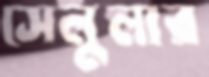
সেলুলার